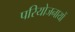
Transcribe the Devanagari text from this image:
परियोजनायों